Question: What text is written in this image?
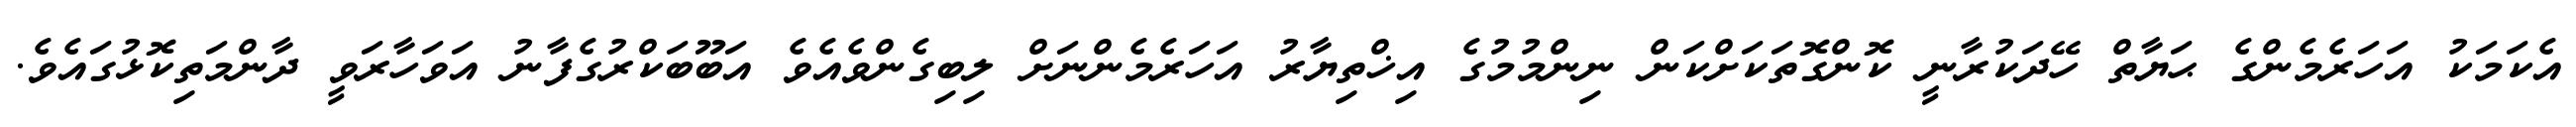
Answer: އެކަމަކު އަހަރެމެންގެ ޙަޔާތް ހޭދަކުރާނީ ކޮންގޮތަކަށްކަން ނިންމުމުގެ އިޚްތިޔާރު އަހަރެމެންނަށް ލިބިގެންވެއެވެ އަބޫބަކްރުގެފާނު އަވަހާރަވީ ދާންމަތިކޮޅުގައެވެ.